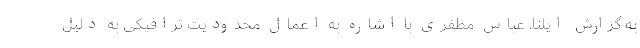
به گزارش ایلنا، عباس مظفری با اشاره به اعمال محدودیت ترافیکی به دلیل